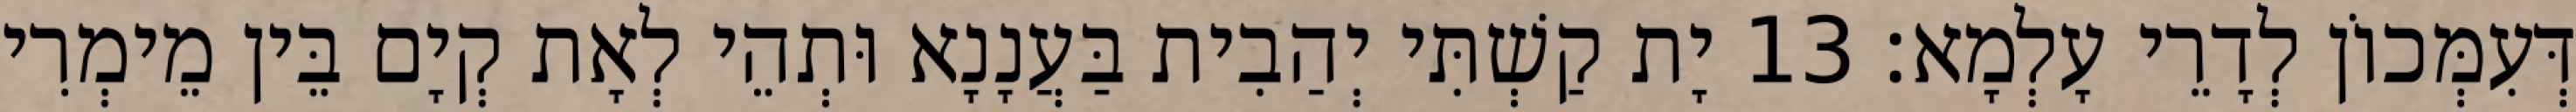
דְּעִמְּכוֹן לְדָרֵי עָלְמָא׃ 13 יָת קַשְׁתִּי יְהַבִית בַּעֲנָנָא וּתְהֵי לְאָת קְיָם בֵּין מֵימְרִי